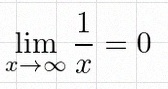
\lim_{x\to\infty}\frac{1}{x}=0